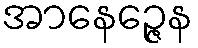
အာနေဉ္ဇေန